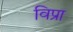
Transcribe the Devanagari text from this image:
विप्रा